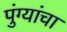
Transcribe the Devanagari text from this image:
पुंग्यांचा